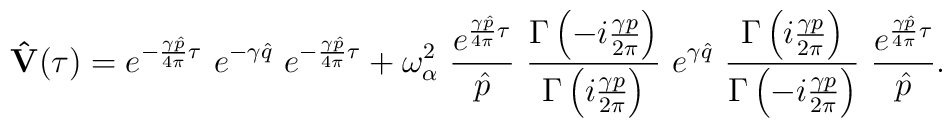
{\bf \hat V}(\tau)=e^{-\frac{\gamma\hat p}{4\pi}\tau}\,\,e^{-\gamma \hat q}\,\,e^{-\frac{\gamma\hat p}{4\pi}\tau}+\omega_\alpha^2\,\,\frac{e^{\frac{\gamma\hat p}{4\pi}\tau}}{\hat p}\,\,   \frac{\Gamma\left(-i\frac{\gamma p}{2\pi}\right)}{\Gamma\left(i\frac{\gamma p}{2\pi}\right)}\,\,e^{\gamma \hat q}\,\,\frac{\Gamma\left(i\frac{\gamma p}{2\pi}\right)}{\Gamma\left(-i\frac{\gamma p}{2\pi}\right)}\,\,\frac{e^{\frac{\gamma\hat p}{4\pi}\tau}}{\hat p}.